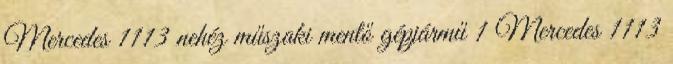
Mercedes 1113 nehéz műszaki mentő gépjármű 1 Mercedes 1113